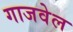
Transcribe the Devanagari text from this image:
गाजवेल